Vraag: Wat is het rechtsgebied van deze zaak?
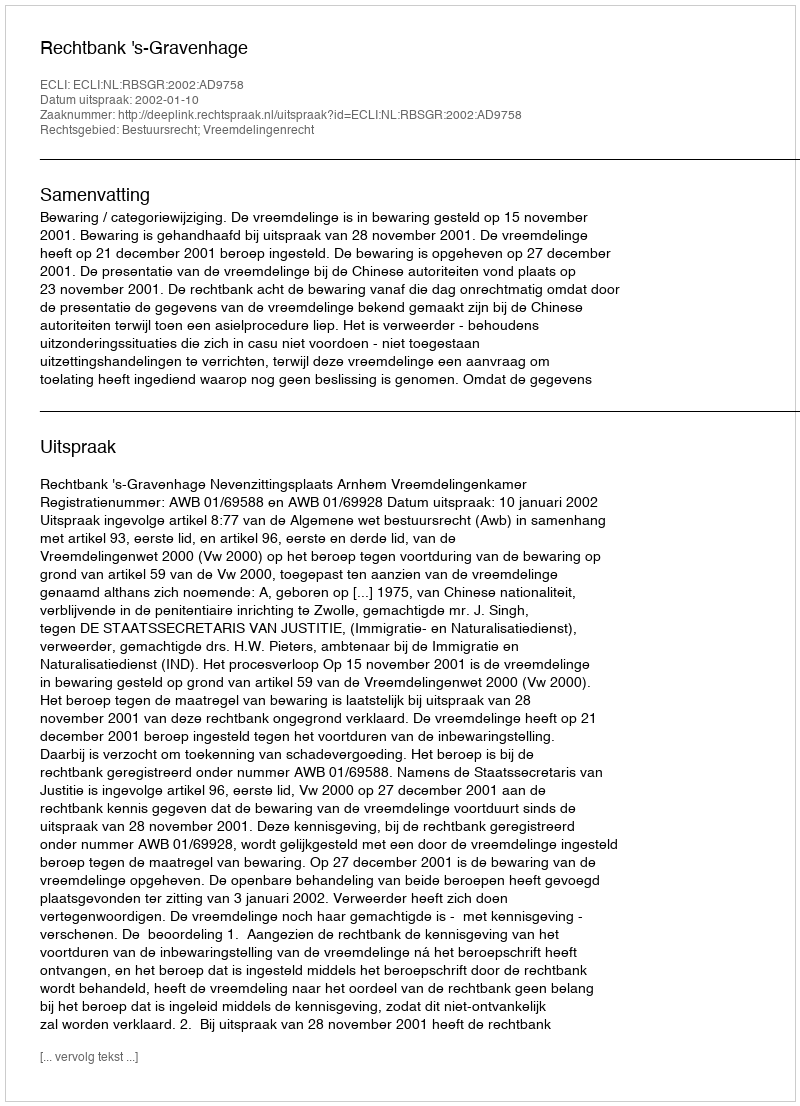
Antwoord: Bestuursrecht; Vreemdelingenrecht